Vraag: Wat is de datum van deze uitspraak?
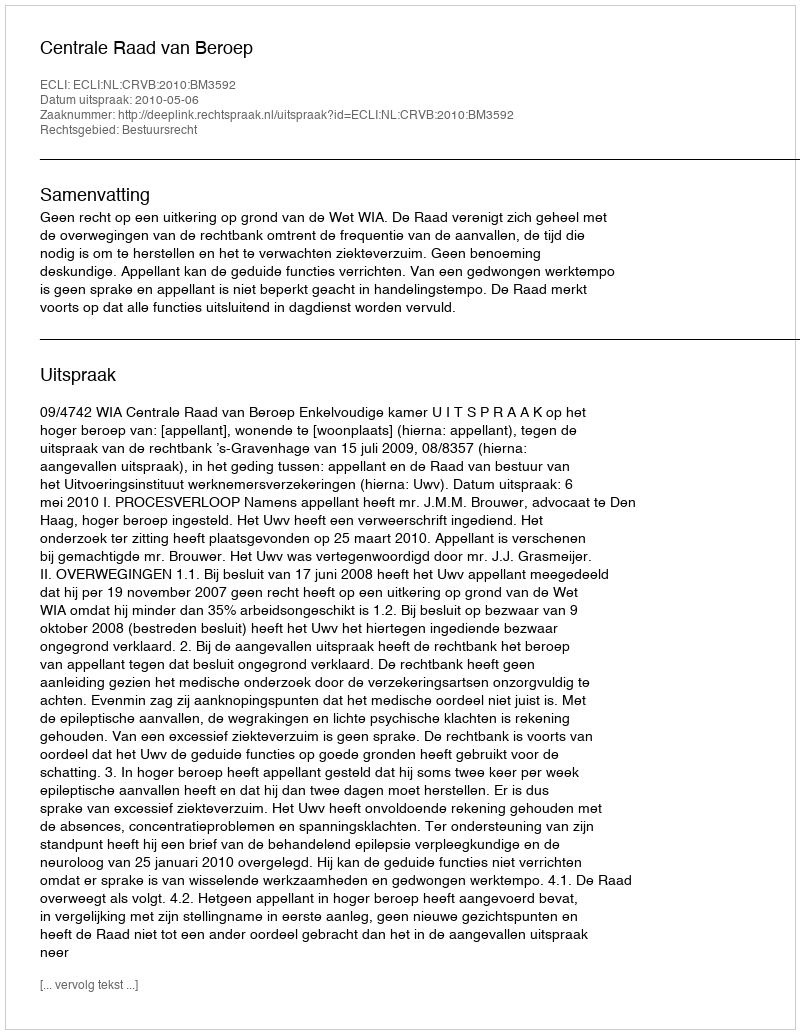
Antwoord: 2010-05-06